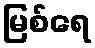
မြစ်ရေ